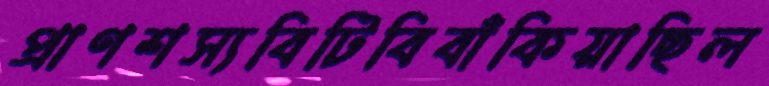
প্রাণশস্যবিটিবিবাঁকিয়াছিল